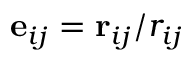
\mathbf { e } _ { i j } = \mathbf { r } _ { i j } / r _ { i j }